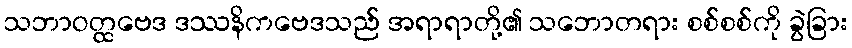
သဘာဝတ္ထဗေဒ ဒဿနိကဗေဒသည် အရာရာတို့၏ သဘောတရား စစ်စစ်ကို ခွဲခြား